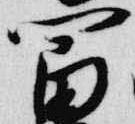
冨